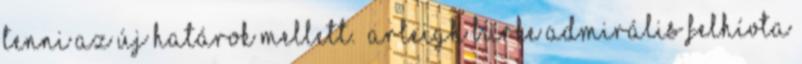
tenni az új határok mellett. „Arleigh Burke admirális felhívta